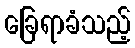
ခြေရာခံသည့်